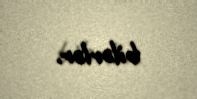
bilərlər.